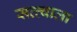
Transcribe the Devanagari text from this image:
सत्त्वाला